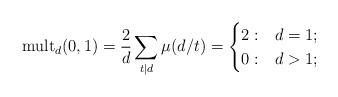
LaTeX: \begin{align*}\mathrm{mult}_d(0,1) &= \frac{2}{d}\sum_{t|d} \mu(d/t) = \begin{cases} 2: & d = 1; \\ 0: & d > 1; \end{cases}\end{align*}